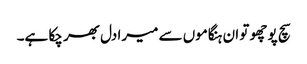
سچ پوچھو تو ان ہنگاموں سے میرا دل بھر چکا ہے۔